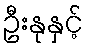
ဦးနုနှင့်